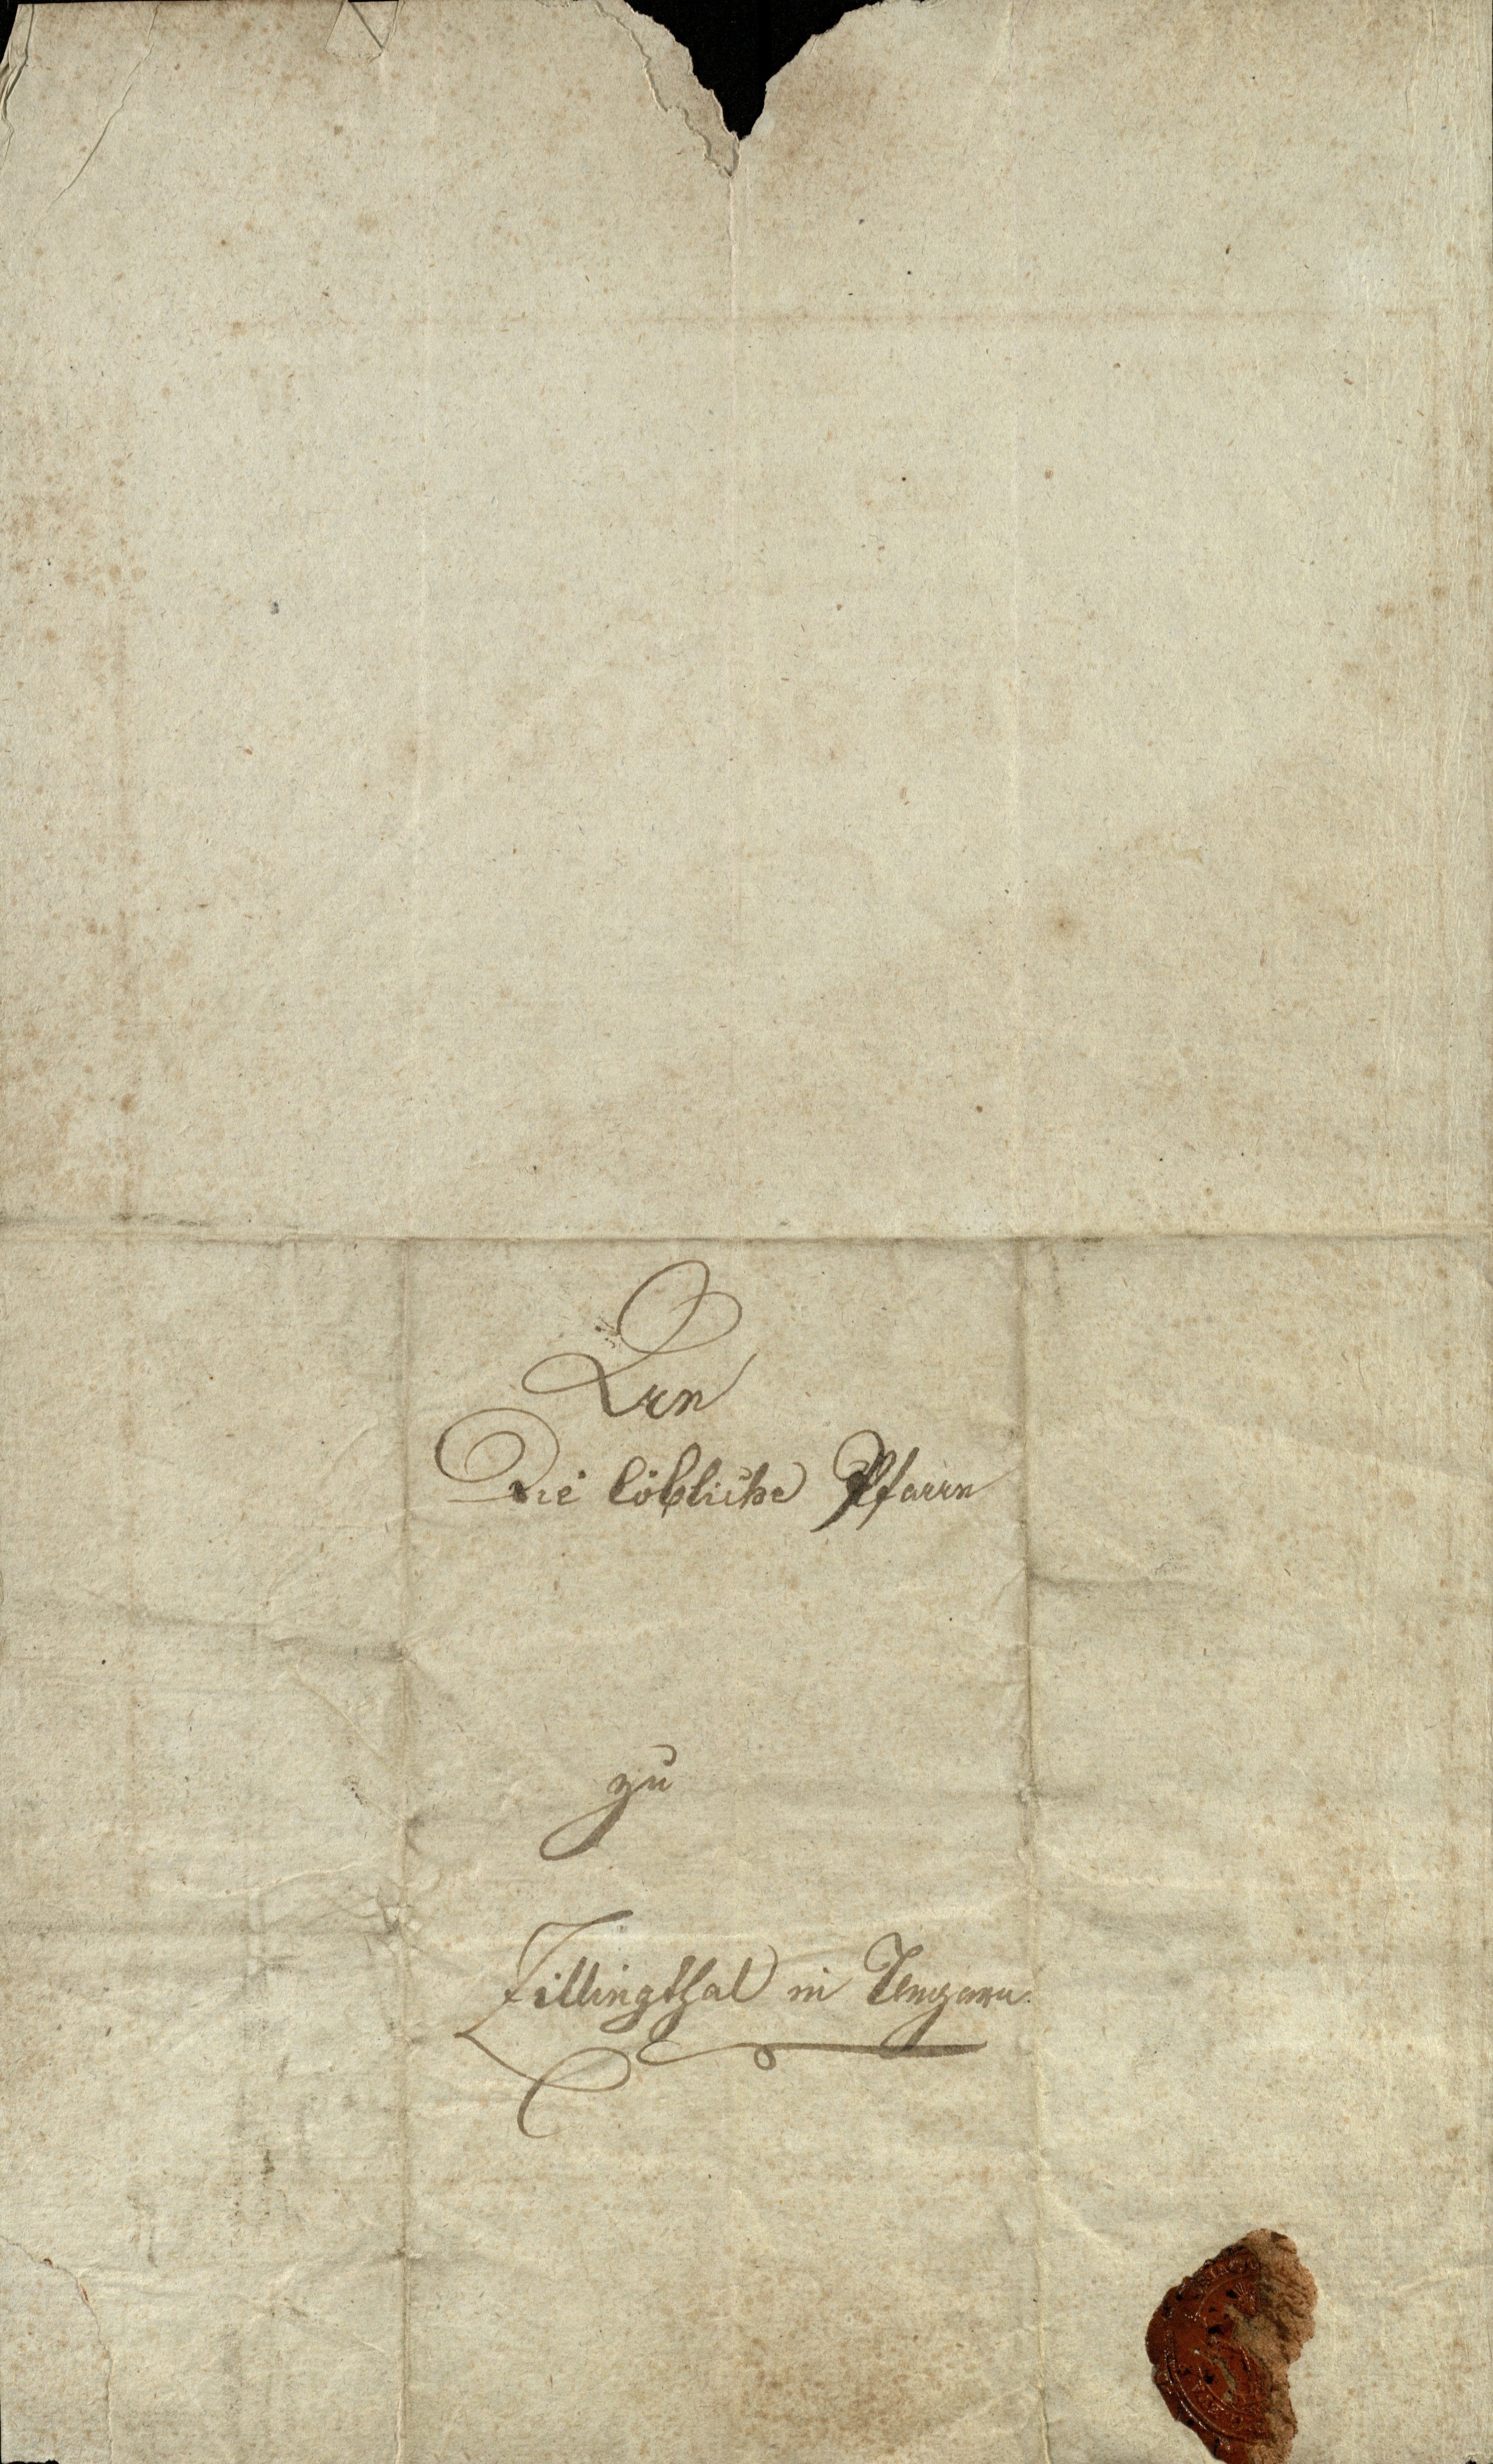
An
Die löbliche Pfarre
zu
Zillingthal in Ungarn